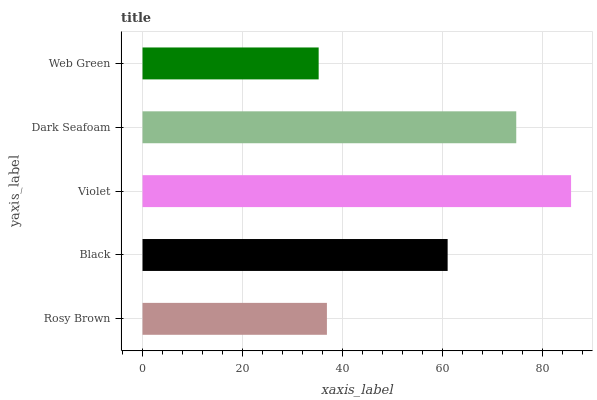
| yaxis_label | bars |
 | --- | --- |
 | Rosy Brown | 36.8 |
 | Black | 61 |
 | Violet | 85.6 |
 | Dark Seafoam | 74.7 |
 | Web Green | 35.2 |